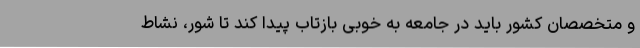
و متخصصان کشور باید در جامعه به خوبی بازتاب پیدا کند تا شور، نشاط